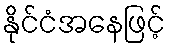
နိုင်ငံအနေဖြင့်